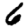
Digit: 6